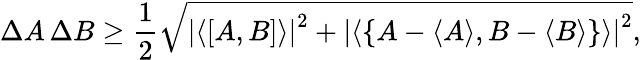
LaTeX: \Delta A\, \Delta B\geq{\frac{1}{2}}{\sqrt{\left|\left\langle\left[{A},{B}\right]\right\rangle\right|^{2}+\left|\left\langle\left\{ A-\langle A\rangle,B-\langle B\rangle\right\} \right\rangle\right|^{2}}},